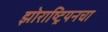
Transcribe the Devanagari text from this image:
झोराष्ट्रियनचा